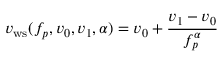
v _ { \mathrm { w s } } ( f _ { p } , v _ { 0 } , v _ { 1 } , \alpha ) = v _ { 0 } + \frac { v _ { 1 } - v _ { 0 } } { f _ { p } ^ { \alpha } }